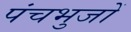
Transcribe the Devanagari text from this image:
पंचभुजों